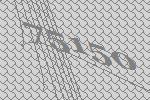
75150